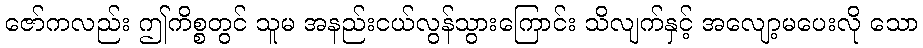
ဇော်ကလည်း ဤကိစ္စတွင် သူမ အနည်းငယ်လွန်သွားကြောင်း သိလျက်နှင့် အလျော့မပေးလို သော